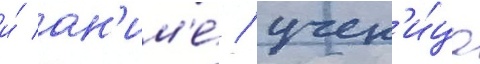
и́ ан'им'е́ / учен'и́ца